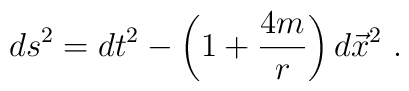
ds^2 =   dt^2 -   \left( 1 +  { 4 m              \over r } \right)d\vec x^2 \ .